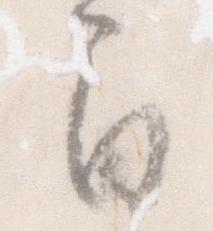
間